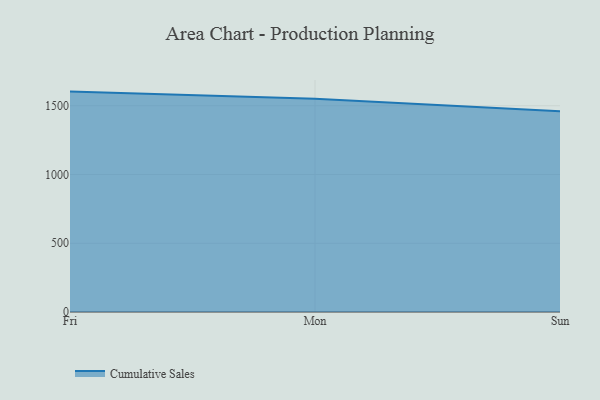
{"axis": {"x": "Day", "y": "Customer Acquisition Cost (USD)"}, "legend": ["Cumulative Sales"], "data": [{"x": "Fri", "y": 1602.9, "type": "Cumulative Sales"}, {"x": "Mon", "y": 1550.2, "type": "Cumulative Sales"}, {"x": "Sun", "y": 1459.4, "type": "Cumulative Sales"}]}